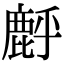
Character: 䴣